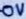
Text: 0V